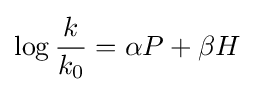
\log {\frac {k}{k_{0}}}=\alpha P+\beta H